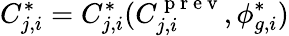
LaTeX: C_{j,i}^{*}=C_{j,i}^{*}(C_{j,i}^{\mathrm{~p~r~e~v~}},\phi_{g,i}^{*})